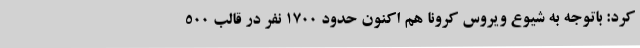
کرد: باتوجه به شیوع ویروس کرونا هم اکنون حدود 1700 نفر در قالب 500